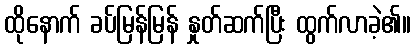
ထိုနောက် ခပ်မြန်မြန် နှုတ်ဆက်ပြီး ထွက်လာခဲ့၏။